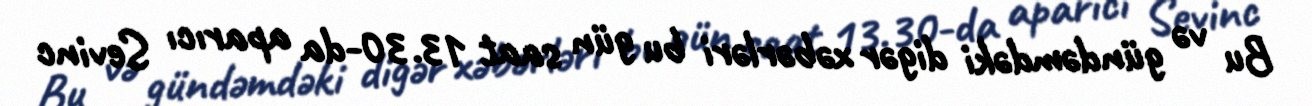
Bu və gündəmdəki digər xəbərləri bu gün saat 13.30-da aparıcı Sevinc